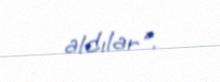
aldılar".